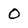
Character: 0